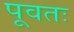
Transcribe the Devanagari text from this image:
पूवतः